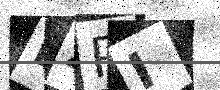
Text: EZPI